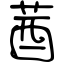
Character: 莤